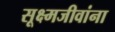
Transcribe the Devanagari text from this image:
सूक्ष्मजीवांना